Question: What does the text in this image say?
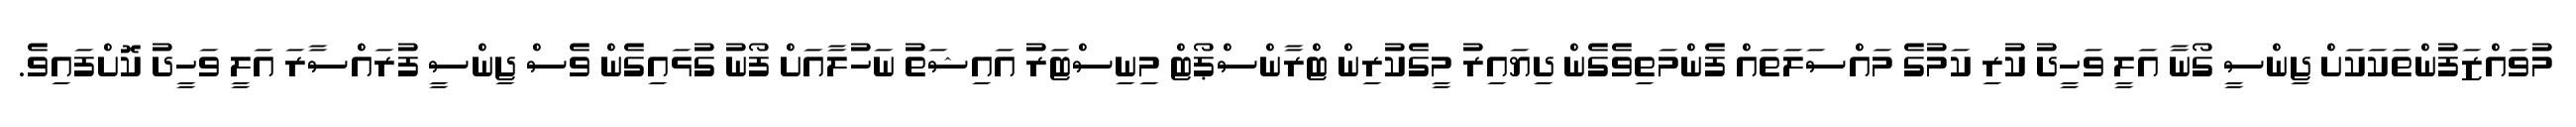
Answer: މުވައްޒަފުންތަކަކަށް ޖިންސީ ގޯނާ އަލީ ވަހީދު ކުރި ކަމުގެ މައްސަލަތައް ފެންމަތިވެގެން ދިޔައިރު މީގެކުރިން ޓްރާންސްޕޯޓް މިނިސްޓަރު އައިޝަތު ނަހުލާއަށް ފޯނު ގުޅައިގެން ވެސް ޖިންސީ ފުރައްސާރަ އަލީ ވަހީދު ކޮށްފައިވެ.